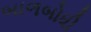
બાળબોધી